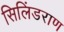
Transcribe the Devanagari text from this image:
सिलिंडराण